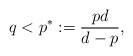
\begin{align*}q<p^*:=\frac{pd}{d-p},\end{align*}